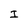
Character: I